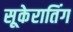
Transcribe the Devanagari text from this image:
सूकेरातिंग